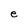
Character: e